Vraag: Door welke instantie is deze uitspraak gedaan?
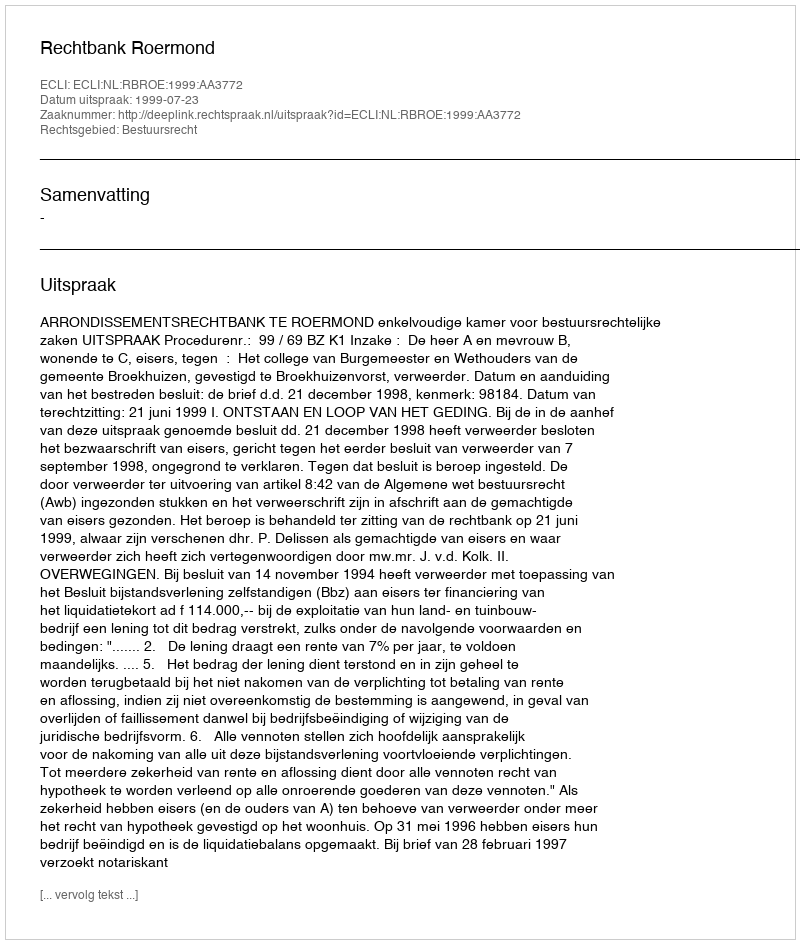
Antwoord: Rechtbank Roermond